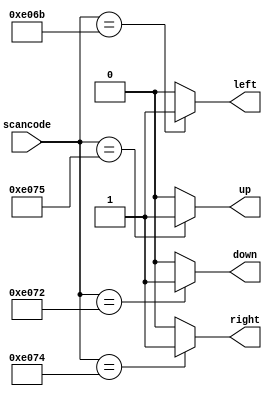
// synthesis verilog_input_version verilog_2001
module top_module (
    input [15:0] scancode,
    output reg left,
    output reg down,
    output reg right,
    output reg up  ); 
    always@(*)
        begin
            up = 1'b0; down = 1'b0; left = 1'b0; right = 1'b0; 
            case(scancode)
                16'he06b: left = 1'b1;
				16'he072: down = 1'b1;
				16'he074: right = 1'b1;
				16'he075: up = 1'b1;
                default: ;
            endcase
        end
endmodule